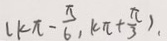
( k \pi - \frac { \pi } { 6 } , k \pi + \frac { \pi } { 3 } ) ,